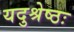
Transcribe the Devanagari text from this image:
यदुश्रेष्ठः